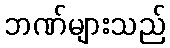
ဘဏ်များသည်